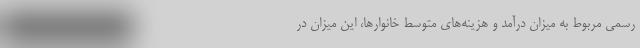
رسمی مربوط به میزان درآمد و هزینه‌های متوسط خانوارها، این میزان در